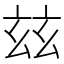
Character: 玆